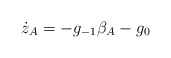
\begin{align*}\dot z_A = -g_{-1}\beta_A - g_0\end{align*}